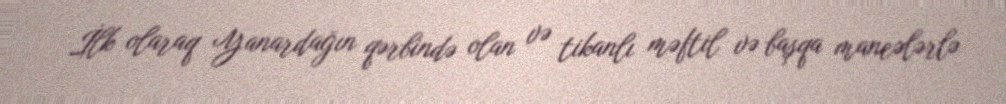
İlk olaraq Yanardağın qərbində olan və tikanlı məftil və başqa maneələrlə